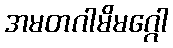
အမတဂါမိမဂ္ဂေါ